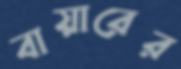
বায়ারের